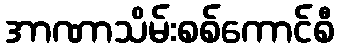
အာဏာသိမ်းစစ်ကောင်စီ